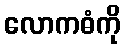
လောကဓံကို